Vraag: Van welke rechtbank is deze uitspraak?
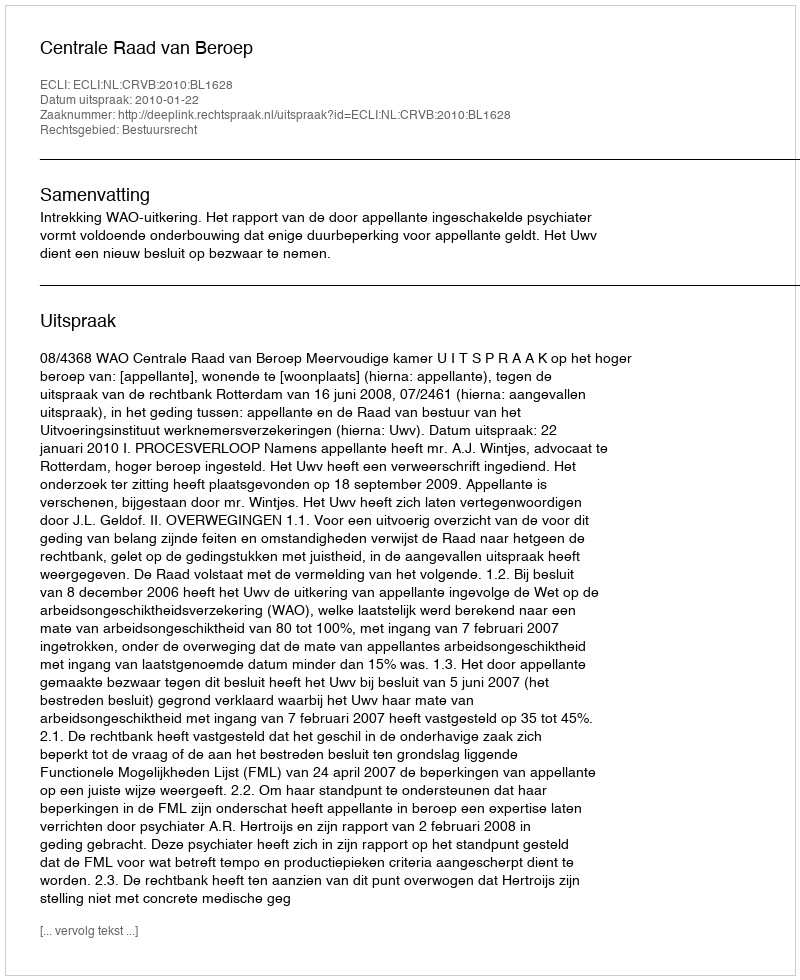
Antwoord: Centrale Raad van Beroep